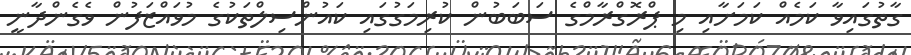
ގާތުގައިވާ ކަމެއް ކަމަށާއި މި ޕްރޮގްރާމްގެ ސަބަބުން ކުރިމަގުގައި ކައުންސިލްތަކުގެ މުވައްޒަފުން ވެގެންދާނީ